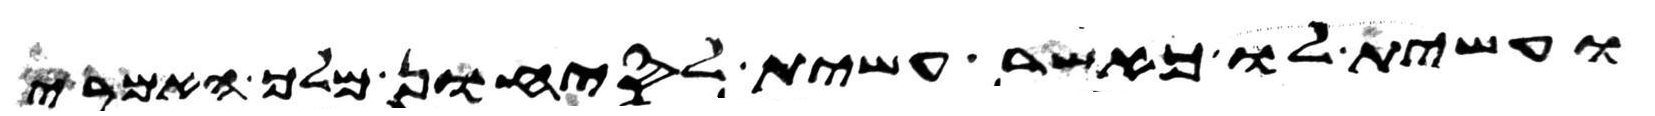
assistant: ועשית לו כאשר עשית לסיחון מלך האמרי